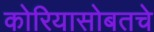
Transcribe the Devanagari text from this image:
कोरियासोबतचे